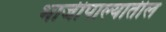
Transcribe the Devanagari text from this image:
भाजीपाल्यातील